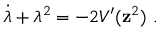
\dot { \lambda } + \lambda ^ { 2 } = - 2 V ^ { \prime } ( { \bf z } ^ { 2 } ) \ .